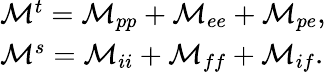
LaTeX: \begin{array}{l}{{{\cal M}^{t}={\cal M}_{pp}+{\cal M}_{ee}+{\cal M}_{pe},}}\\ {{{\cal M}^{s}={\cal M}_{ii}+{\cal M}_{ff}+{\cal M}_{if}.}}\end{array}